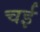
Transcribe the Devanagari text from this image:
चई